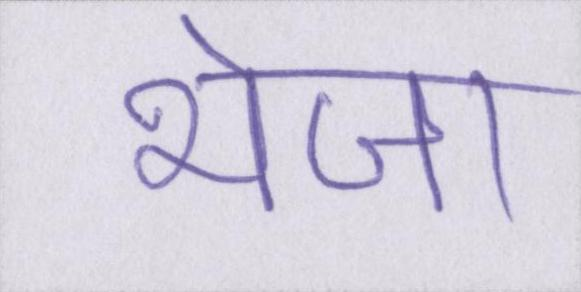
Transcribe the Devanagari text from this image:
भेजा